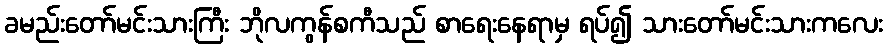
ခမည်းတော်မင်းသားကြီး ဘိုလကွန်စကီသည် စာရေးနေရာမှ ရပ်၍ သားတော်မင်းသားကလေး